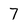
Character: 7